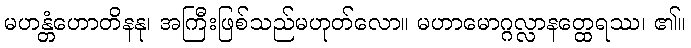
မဟန္တံဟောတိနနု၊ အကြီးဖြစ်သည်မဟုတ်လော။ မဟာမောဂ္ဂလ္လာနတ္ထေရဿ၊ ၏။